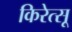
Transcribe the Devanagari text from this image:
किरेत्सू